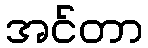
အင်တာ